Scottish Leaving Certificate Examination, 1961
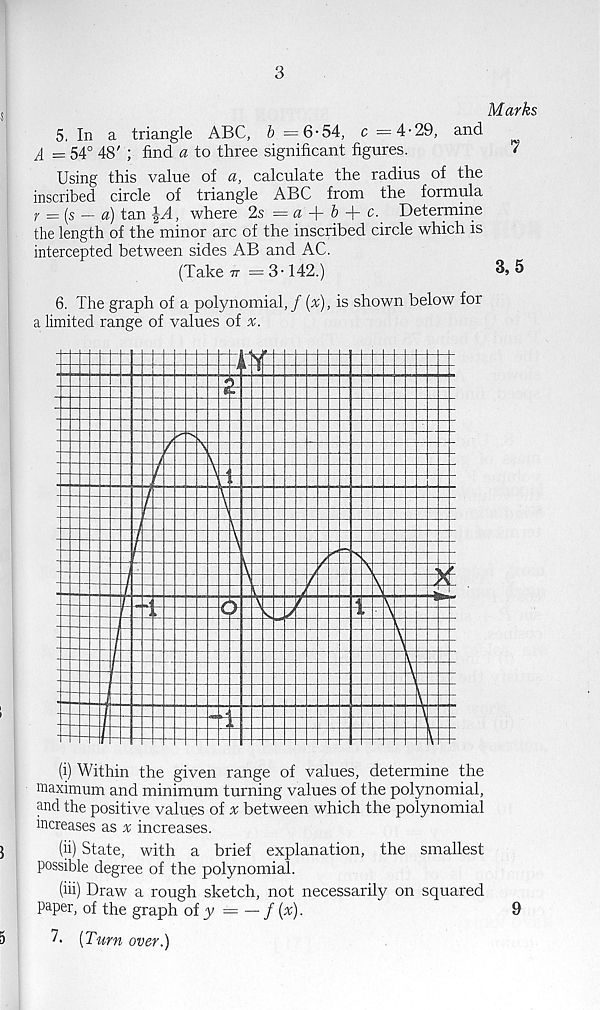
3
Marks
5, In a triangle ABC, & =6-54, c =4-29, and
A = 54° 48' ; find a to three significant figures.
7
Using this value of a, calculate the radius of the
inscribed circle of triangle ABC from the formula
r ={s — a) tan
where 2s = a + & + c. Determine
the length of the minor arc of the inscribed circle which is
intercepted between sides AB and AC.
(Take 77 =3-142.)
3,5
6. The graph of a polynomial,/ (x), is shown below for
a limited range of values of %.
(i) Within the given range of values, determine the
maximum and minimum turning values of the polynomial,
and the positive values of % between which the polynomial
increases as x increases.
(h) State, with a brief explanation, the smallest
possible degree of the polynomial.
(hi) Draw a rough sketch, not necessarily on squared
paper, of the graph of y = — f (x).
7. [Turn over.)
9